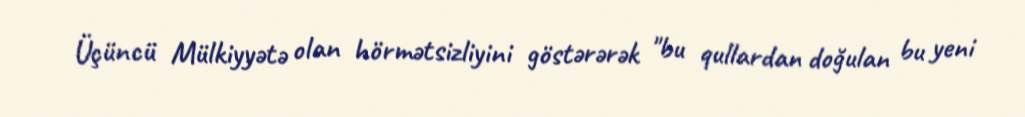
Üçüncü Mülkiyyətə olan hörmətsizliyini göstərərək "bu qullardan doğulan bu yeni